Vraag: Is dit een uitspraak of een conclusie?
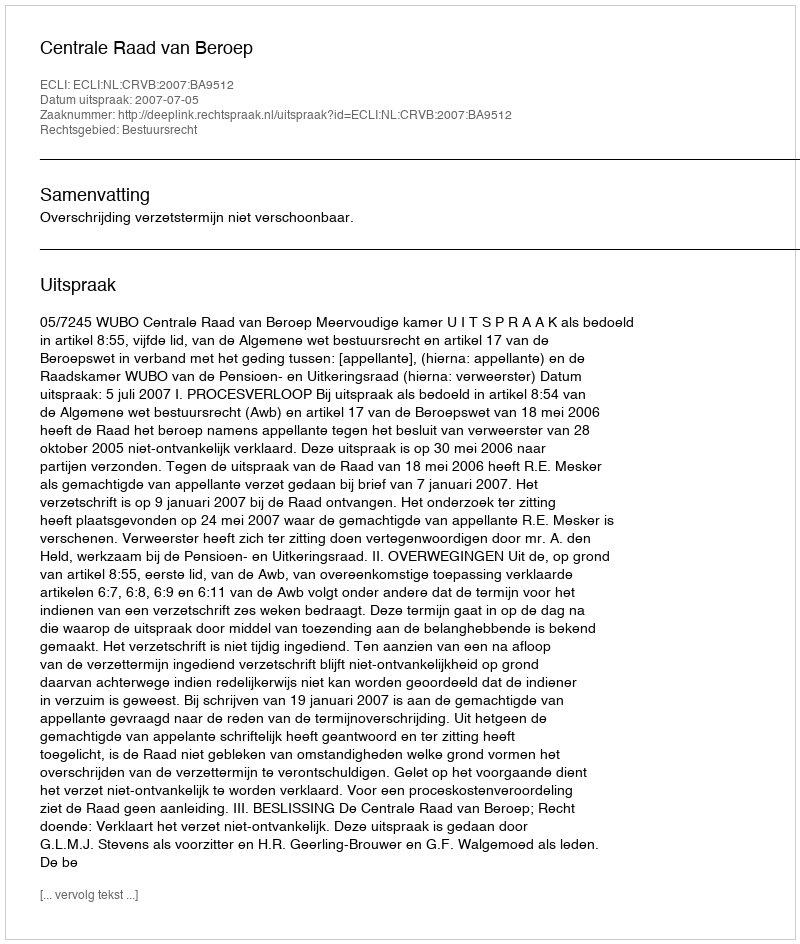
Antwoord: Uitspraak